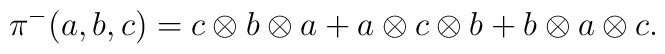
\pi ^{-}(a,b,c)=c\otimes b\otimes a+a\otimes c\otimes b+b\otimes a\otimes c.